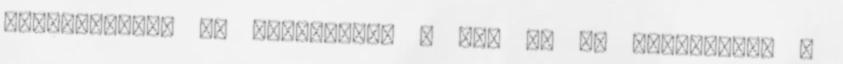
kitapintása, az ultrahang, a CT, az MR vizsgálat. A